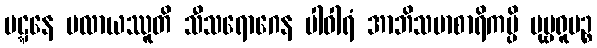
ပဋ္ဋနေ ပလာယဿူတိ သီသရောဂေန ပါဝါရံ အာဘိသမာစာရိကမ္ပိ ပုဗ္ဗရူပဉ္စ